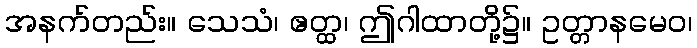
အနက်တည်း။ သေသံ၊ ဧတ္ထ၊ ဤဂါထာတို့၌။ ဥတ္တာနမေဝ၊